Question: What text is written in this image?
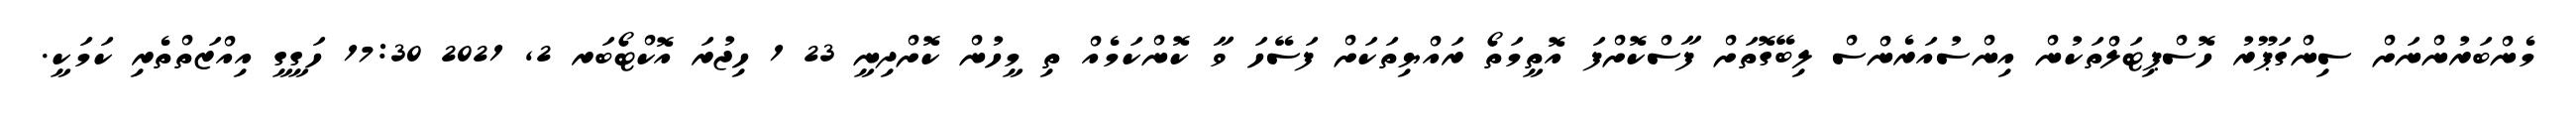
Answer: މެންބަރުންނަށް ސިންގަޕޫރު ހޮސްޕިޓަލްތަކުން އިންސުއަރެންސް ލިބޭގޮތަށް ފާސްކޮށްފަ އޮތީމަތޯ ރައްޔިތަކަށް ފަސޭހަ ވާ ކޮންކަމެއް ތި މީހުން ކޮށްދިނީ 23 1 ހިޖުރަ އޮކްޓޯބަރ 2, 2021 17:30 ހަގީގީ އިއްޒަތްތެރި ކަމަކީ.